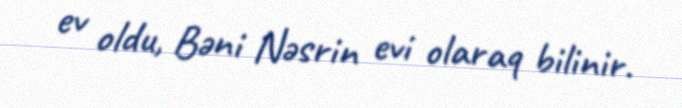
ev oldu, Bəni Nəsrin evi olaraq bilinir.